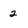
Character: 2